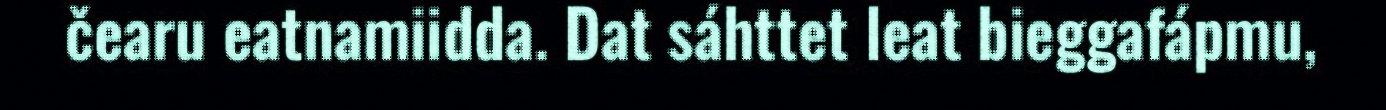
čearu eatnamiidda. Dat sáhttet leat bieggafápmu,